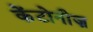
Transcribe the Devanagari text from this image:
केंटोनीज़